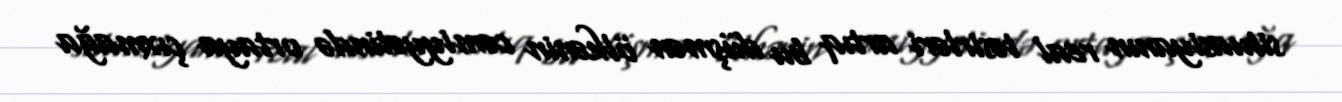
situasiyanın real təsirləri artıq bu düşmən ölkənin cəmiyyətində ortaya çıxmağa